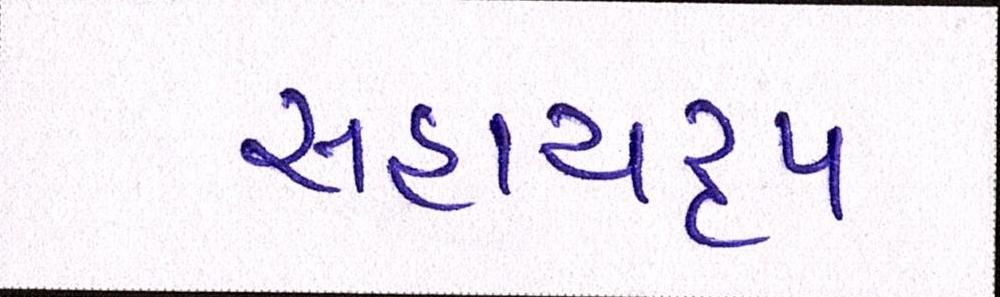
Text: સહાયરૃપ